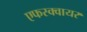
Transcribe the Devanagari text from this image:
एफस्क्वायर